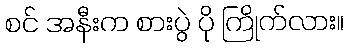
စင် အနီးက စားပွဲ ပို ကြိုက်လား။